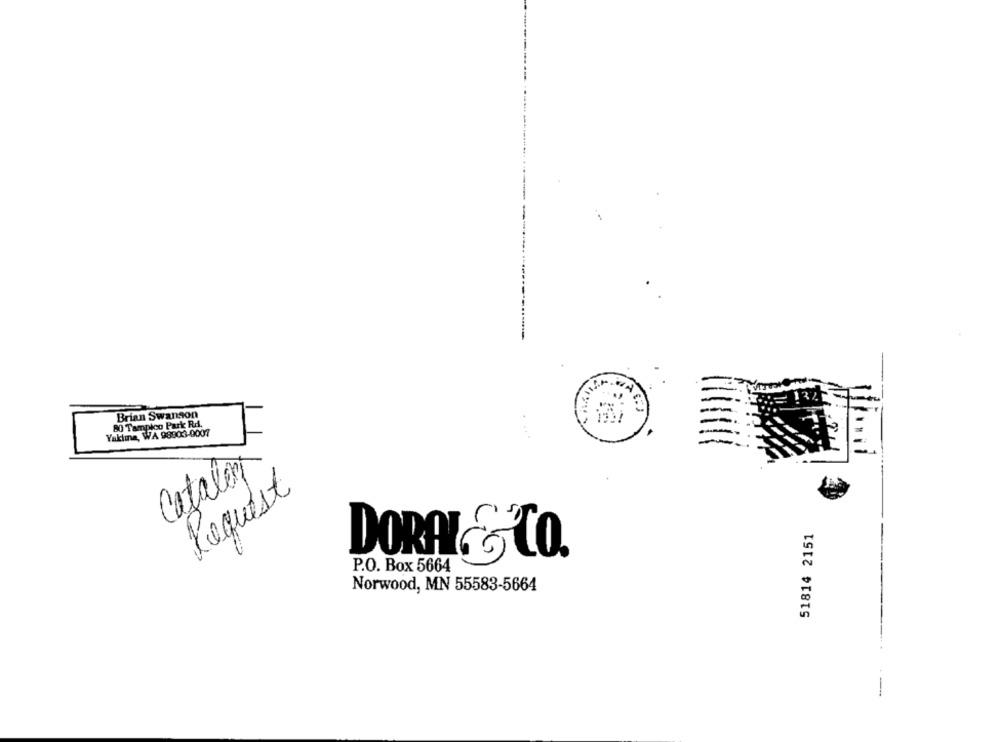
Brian Swanson
80 Tampico Park Rd.
Yaklına, WA 98903-0007
Cataler
Request
51814 2151
DORAL& CO.
P.O. Box 5664
Norwood, MN 55583-5664